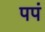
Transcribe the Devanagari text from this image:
पपं